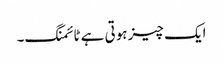
ایک چیز ہوتی ہے ٹائمنگ۔